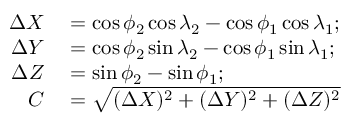
\begin{array} { r l } { \Delta { X } } & { { } = \cos \phi _ { 2 } \cos \lambda _ { 2 } - \cos \phi _ { 1 } \cos \lambda _ { 1 } ; } \\ { \Delta { Y } } & { { } = \cos \phi _ { 2 } \sin \lambda _ { 2 } - \cos \phi _ { 1 } \sin \lambda _ { 1 } ; } \\ { \Delta { Z } } & { { } = \sin \phi _ { 2 } - \sin \phi _ { 1 } ; } \\ { C } & { { } = { \sqrt { ( \Delta { X } ) ^ { 2 } + ( \Delta { Y } ) ^ { 2 } + ( \Delta { Z } ) ^ { 2 } } } } \end{array}